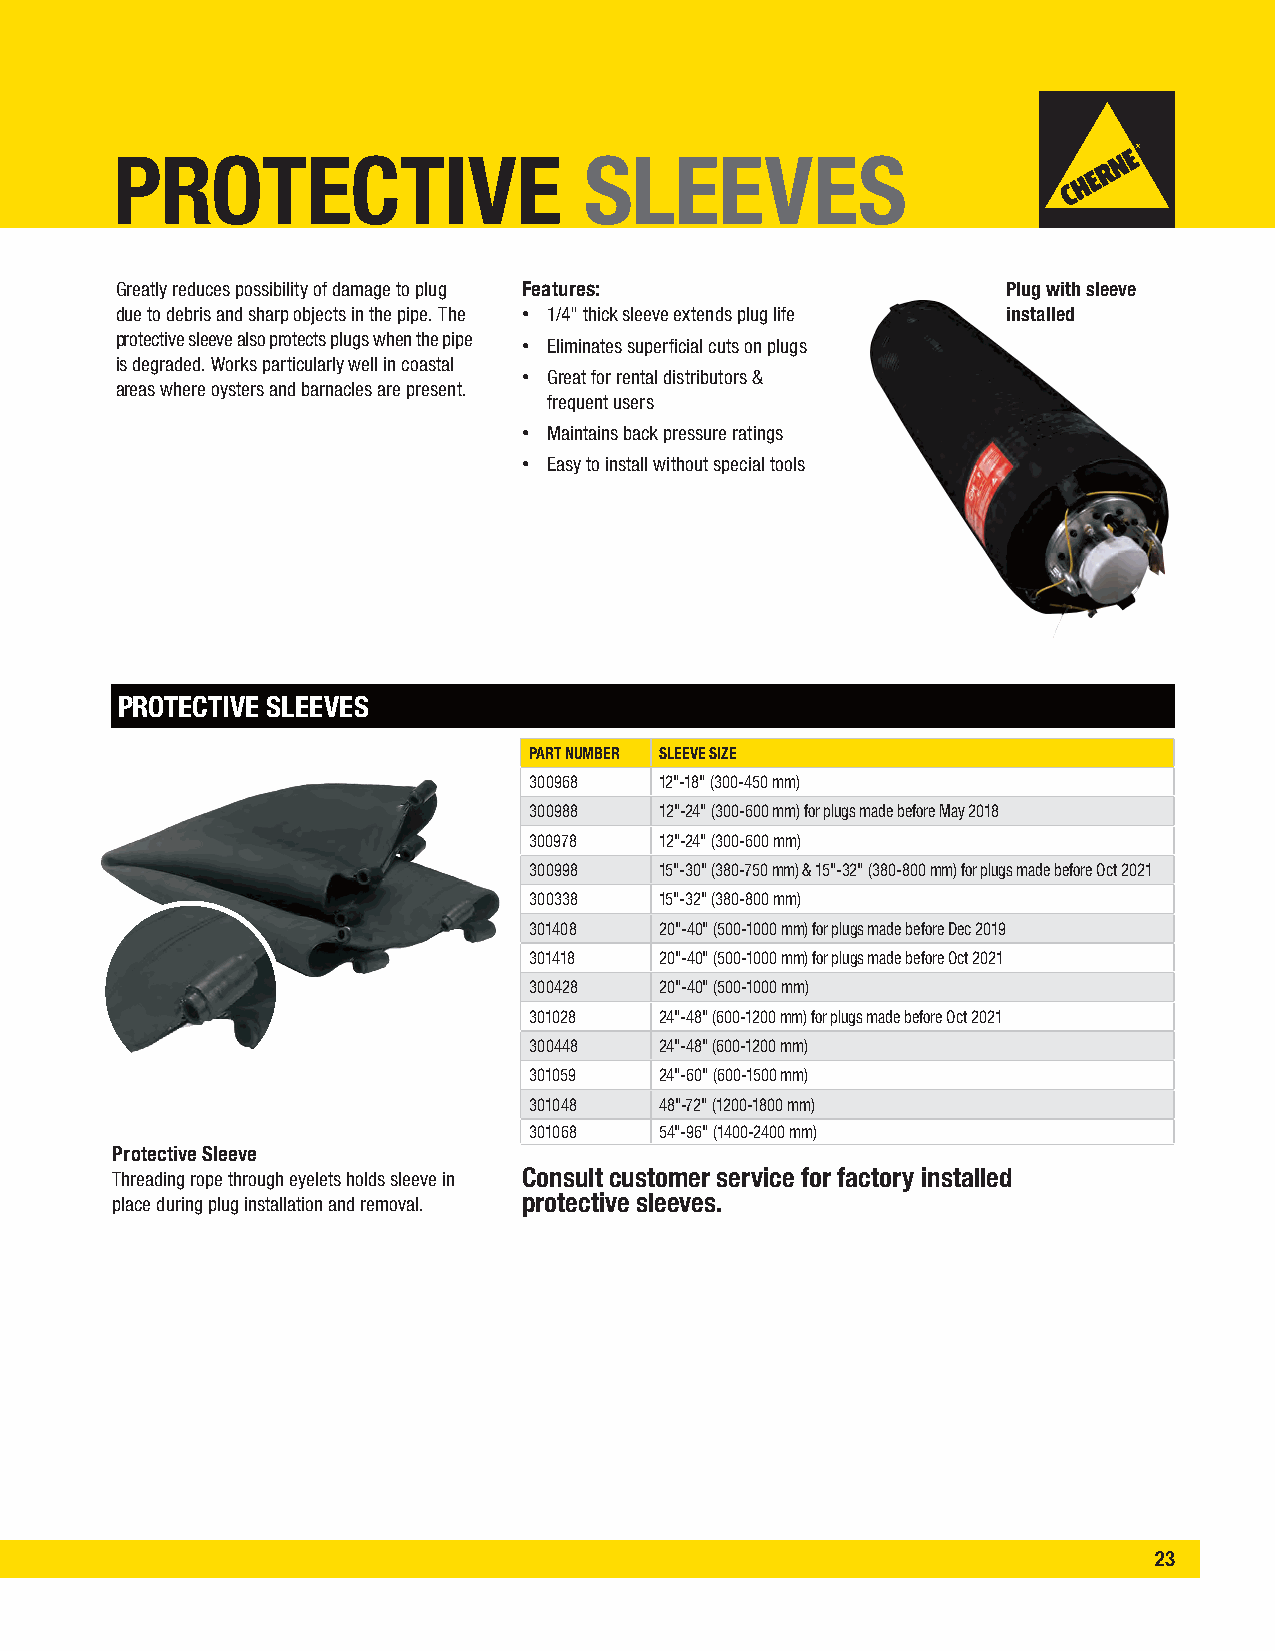
PROTECTIVE                      SLEEVES
 Greatly reduces possibility of damage to plug Features:    Plug with sleeve
 due to debris and sharp objects in the pipe. The • 1/4" thick sleeve extends plug life installed
 protective sleeve also protects plugs when the pipe
 • Eliminates superficial cuts on plugs
 is degraded. Works particularly well in coastal
 • Great for rental distributors &
 areas where oysters and barnacles are present.
 frequent users
 • Maintains back pressure ratings
 • Easy to install without special tools
 PROTECTIVE SLEEVES
 PART NUMBER SLEEVE SIZE
 300968   12"-18" (300-450 mm)
 300988   12"-24" (300-600 mm) for plugs made before May 2018
 300978   12"-24" (300-600 mm)
 300998   15"-30" (380-750 mm) & 15"-32" (380-800 mm) for plugs made before Oct 2021
 300338   15"-32" (380-800 mm)
 301408   20"-40" (500-1000 mm) for plugs made before Dec 2019
 301418   20"-40" (500-1000 mm) for plugs made before Oct 2021
 300428   20"-40" (500-1000 mm)
 301028   24"-48" (600-1200 mm) for plugs made before Oct 2021
 300448   24"-48" (600-1200 mm)
 301059   24"-60" (600-1500 mm)
 301048   48"-72" (1200-1800 mm)
 301068   54"-96" (1400-2400 mm)
 Protective Sleeve
 Threading rope through eyelets holds sleeve in Consult customer service for factory installed
 place during plug installation and removal. protective sleeves.
 23